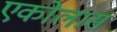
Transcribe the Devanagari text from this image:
एकोलास